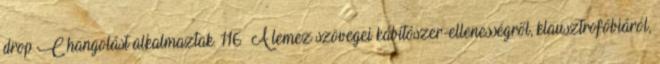
drop C hangolást alkalmaztak. 116 A lemez szövegei kábítószer-ellenességről, klausztrofóbiáról,